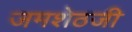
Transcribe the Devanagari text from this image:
जमशेठजी